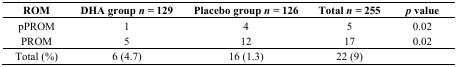
<table><thead><tr><td><b>ROM</b></td><td><b>DHA group <i>n =</i> 129</b></td><td><b>Placebo group <i>n =</i> 126</b></td><td><b>Total <i>n =</i> 255</b></td><td><b><i>p</i> value</b></td></tr></thead><tbody><tr><td>pPROM</td><td>1</td><td>4</td><td>5</td><td>0.02</td></tr><tr><td>PROM</td><td>5</td><td>12</td><td>17</td><td>0.02</td></tr><tr><td>Total (%)</td><td>6 (4.7)</td><td>16 (1.3)</td><td>22 (9)</td><td></td></tr></tbody></table>